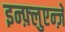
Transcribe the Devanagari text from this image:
इन्फ़्लुएन्ज़े